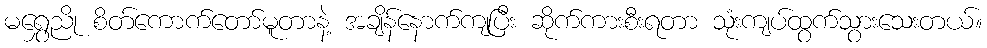
မရွှေညို စိတ်ကောက်တော်မူတာနဲ့ အချိန်နောက်ကျပြီး ဆိုက်ကားစီးရတာ သုံးကျပ်ထွက်သွားသေးတယ်။